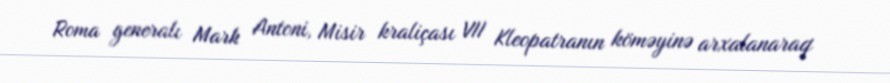
Roma generalı Mark Antoni, Misir kraliçası VII Kleopatranın köməyinə arxalanaraq